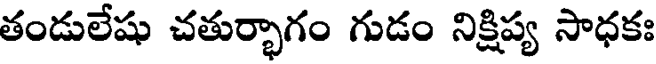
తండులేషు చతుర్భాగం గుడం నిక్షిప్య సాధకః